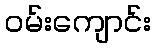
ဝမ်းကျောင်း